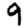
Digit: 9